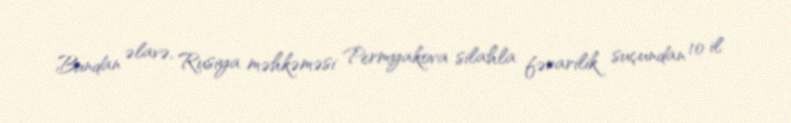
Bundan əlavə, Rusiya məhkəməsi Permyakova silahla fərarilik suçundan 10 il